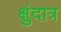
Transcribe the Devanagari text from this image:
क्षुंदात्र